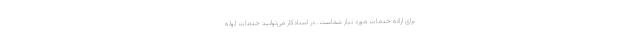
برای ارائه خدمات مورد نیاز شماست. در استادکار می‌توانید خدمات لوله